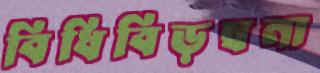
বিধিবিড়ম্বনা